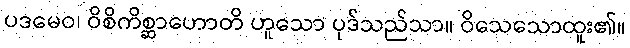
ပဒမေဝ၊ ဝိစိကိစ္ဆာဟောတိ ဟူသော ပုဒ်သည်သာ။ ဝိသေသောထူး၏။